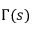
\Gamma ( s )